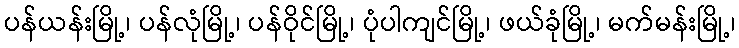
ပန်ယန်းမြို့၊ ပန်လုံမြို့၊ ပန်ဝိုင်မြို့၊ ပုံပါကျင်မြို့၊ ဖယ်ခုံမြို့၊ မက်မန်းမြို့၊